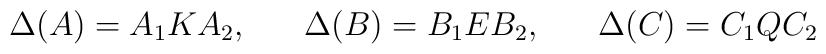
\Delta (A) = A_1KA_2, \hspace{7mm} \Delta(B)=B_1EB_2, \hspace{7mm}    \Delta (C) = C_1QC_2